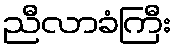
ညီလာခံကြီး